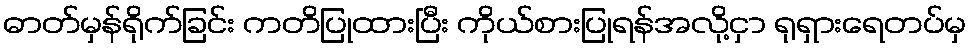
ဓာတ်မှန်ရိုက်ခြင်း ကတိပြုထားပြီး ကိုယ်စားပြုရန်အလို့ငှာ ရုရှားရေတပ်မှ